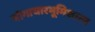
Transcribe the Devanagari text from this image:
योगाचारभूमिशास्त्र